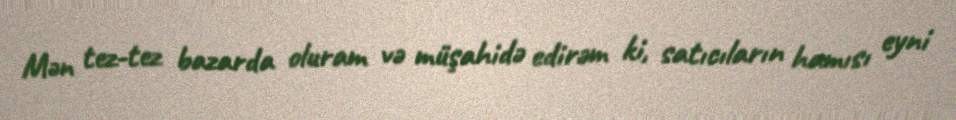
Mən tez-tez bazarda oluram və müşahidə edirəm ki, satıcıların hamısı eyni